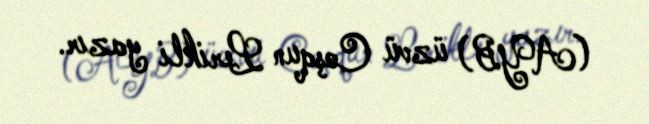
(AYB) üzvü Coşqun Lerikli yazır.